Memorandum on the prevention of leprosy by segregation of the affected
Disease focus: Leprosy
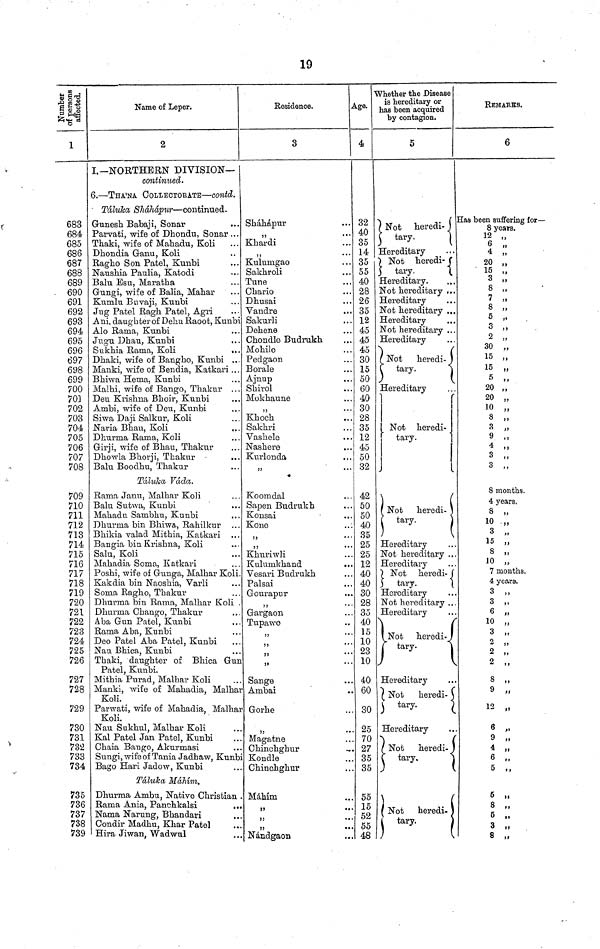
19
Number
of persons
affected.
1
683
684
685
686
687
688
689
690
691
692
693
694
695
696
697
698
699
700
70]
702
703
704
705
706
707
708
709
710
711
712
713
714
715
716
717
718
719
720
721
722
723
724
725
726
727
729
730
731
732
734
735
736
737
738
739
Name of Leper.
2
I.— NORTHERN DIVISION—
continued.
6. — THA'NA COLLECTORITE — contd.
Táluka Shahapur — continued.
Gunesh Babaji, Sonar
Parvati, wife of Dhondu, Sonar . . .
Thaki, wife of Mahadu, Koli
Dhondia Ganu, Koli
Ragho Son Patel, Kunbi
Naushia Paulia, Katodi
Balu Esu, Maratha
Gungi, wife of Balia, Mahar
Kumlu Buvaji, Kunbi
Jug Patel Ragh Patel, Agri
Ani, daughter of Dehu Raoot, Kunbi
Alo Raina, Kunbi
Jugu Dhau, Kunbi
Sukhia Rama, Koli
...
Dhaki, wife of Bangho, Kunbi ...
Manki, wife of Bendia, Katkari ...
Bhiwa Hema, Kunbi
Mallii, wife of Bango, Thakur ...
Deu Krishna Bhoir, Kunbi
Ambi, wife of Dexi, Kxmbi
Siwa Daji Salkur, Koli
Naria Bhau, Koli
...
Dkurma Rama, Koli
Girji, wife of Bhau, Thakur
Dhowla Bhorji, Thakur
...
Balu Boodhu, Thakur
Tdluka Vada.
Rama Janu, Malhar Koli
Balu Sutwa, Kunbi
Mahadu Sambhu, Kunbi
Dhurma bin Bhiwa, Rahilkur ...
Bhikia valad Mithia, Katkari ...
Bangia bin Krishna, Koli
Salu, Koli
Mahad-ia Soma, Katkari
Poshi, wife of Gunga, Malhar Koli.
Kakdia bin Naoshia, Varli
Soma Ragh o, Thakur
Dhurma bin Rama, Malhar Koli .
Dhurma Chango, Thakur
Aba Gun Patel, Kunbi
Rama Aba, Kunbi
Deo Patel Aba Patel, Kunbi
Nau Bhica, Kunbi
Thaki, daughter of Bhica Gun
Patel, Kunbi.
Mithia Purad, Malhar
Koli
Koli.
Parwati, wife of Mahadia, Malhar
Koli.
Nau Sukhul, Malhar Koli
Kal Patel Jan Patel, Kunbi
Chaia Bango,
Akurmasi
Bago Hari Jadow, Kunbi
Taluka Mahim.
Dhurma Ambu, Native Christian .
Rama Ania, Panchkalsi
...
Nama Narung, Bhandari
Condir Madhu, Khar Patel
Hira Jiwan, Wadwul
Residence.
3
Shahapur
"
Khardi
55
Kulunigao
Sakhroli
Tune
Chario
Dhusai
Vandre
Sakurli
Dehene
Chondle Budrukh
Mohile
Pedgaon
Borale
Ajnup
Shirol
Mokhaune
"
Khoch
Sakhri
Vashele
. . .
Nashere
Kurlonda
55
Koomdal
Sapen Budrukh
Konsai
Kone
"
55
...
Khuriwli
Kulumkhand
Vesari Budrukh
Palsai
Gourapur
"
Gargaon
Tupawe
"
"
"
Sange
Ambai
Gorhe
"
Magatne
Chinchghur
Kondle
Chinchghur
Mahim
"
"
Nándgaon
Age.
4
32
40
35
14
35
55
40
28
26
35
12
45
45
45
30
15
50
60
40
30
28
35
12
45
50
32
42
50
50
40
35
25
25
12
40
40
30
28
35
40
15
10
23
10
40
60
30
25
70
27
35
35
55
15
52
55
48
Whether the Disease
is hereditary or
has been acquired
by contagion.
5
Not heredi-
tary.
Hereditary
Not
heredi-
5 tary.
Hereditary.
Not
hereditary
Hereditary
Not hereditary . .
Hereditary
. .
Not hereditary . .
Hereditary
. .
Not
heredi-
tary.
Hereditary
Not heredi-
tary.
Not heredi-
Hereditary
Not hereditary
Hereditary
Not heredi-
tary.
Hereditary
Not hereditary
Hereditary
Not
heredi-
tary.
Hereditary
Not
heredi-
Hereditary
Not heredi-
tary.
Not heredi-
tary.
REMARKS.
6
Has been suffering for—
8 years.
12 "
6 "
4 "
20 "
15 "
3 "
8 "
7 "
8 "
5 "
3 "
2 "
30 "
15 "
15 "
5 "
20 "
20 "
10 "
8 "
3 "
9 "
4 "
3 "
3 "
8 months.
4 years
10 "
3 "
15 "
8 "
10 "
7 months.
4 years.
3 "
3 "
6 "
10 "
3
2
2 "
2 "
8 "
9 "
12 "
6 "
9 "
4 "
6 "
5 "
5 "
8 "
6 "
3 "
8 "